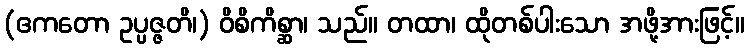
(ဧကတော ဥပ္ပဇ္ဇတိ၊) ဝိစိကိစ္ဆာ၊ သည်။ တထာ၊ ထိုတစ်ပါးသော အဖို့အားဖြင့်။